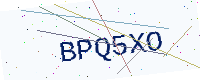
Text: BPQ5XO